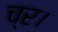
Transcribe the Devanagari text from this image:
च्र।